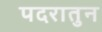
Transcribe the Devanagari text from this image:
पदरातुन